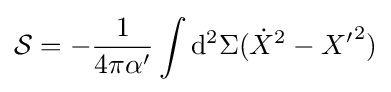
{\mathcal {S}}=-{\frac {1}{4\pi \alpha '}}\int \mathrm {d} ^{2}\Sigma ({\dot {X}}^{2}-{X'}^{2})